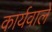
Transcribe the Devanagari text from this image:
कार्यवाले